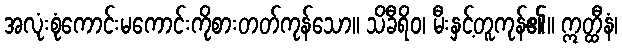
အလုံးစုံကောင်းမကောင်းကိုစားတတ်ကုန်သော။ သိခီရိဝ၊ မီးနှင့်တူကုန်၏။ ဣတ္ထီနံ၊